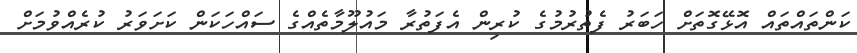
ކަންތައްތައް އޮޅޭގޮތަށް ހަބަރު ފެތުރުމުގެ ކުރިން އެފަތުރާ މައުލޫމާތެއްގެ ސައްހަކަން ކަށަވަރު ކުރެއްވުމަށް